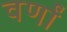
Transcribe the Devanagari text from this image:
वर्णां